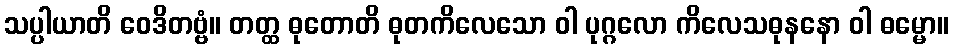
သပ္ပါယာတိ ဝေဒိတဗ္ဗံ။ တတ္ထ ဓုတောတိ ဓုတကိလေသော ဝါ ပုဂ္ဂလော ကိလေသဓုနနော ဝါ ဓမ္မော။